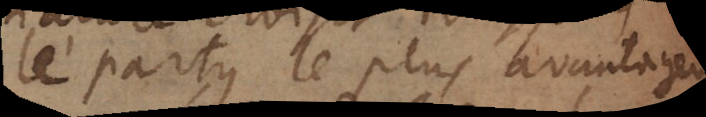
le party le plus avantageux